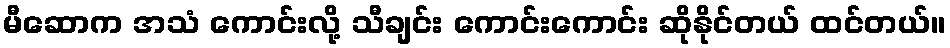
မီဆောက အသံ ကောင်းလို့ သီချင်း ကောင်းကောင်း ဆိုနိုင်တယ် ထင်တယ်။